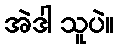
အဲဒါ သူပဲ။